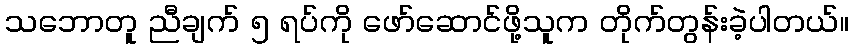
သဘောတူ ညီချက် ၅ ရပ်ကို ဖော်ဆောင်ဖို့သူက တိုက်တွန်းခဲ့ပါတယ်။